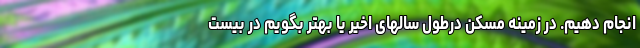
انجام دهیم. در زمینه مسکن درطول سالهای اخیر یا بهتر بگویم در بیست